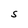
Character: S